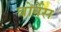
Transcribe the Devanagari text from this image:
बोर्नेस